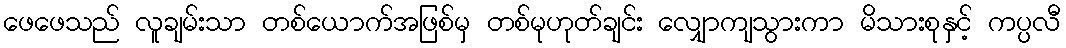
ဖေဖေသည် လူချမ်းသာ တစ်ယောက်အဖြစ်မှ တစ်မုဟုတ်ချင်း လျှောကျသွားကာ မိသားစုနှင့် ကပ္ပလီ